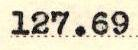
127.69